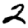
Digit: 2